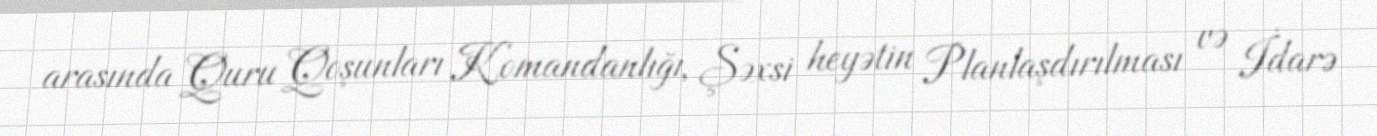
arasında Quru Qoşunları Komandanlığı, Şəxsi heyətin Planlaşdırılması və İdarə